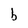
Character: b